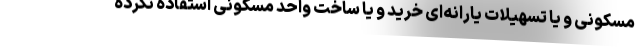
مسکونی و یا تسهیلات یارانه‌ای خرید و یا ساخت واحد مسکونی استفاده نکرده